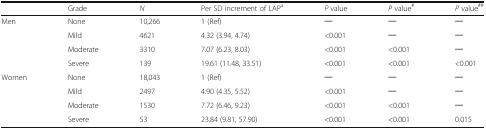
|  | Grade | N | Per SD increment of LAPa | P value | P value# | P value## |
 | --- | --- | --- | --- | --- | --- | --- |
 | <ROWSPAN=4> Men | None | 10,266 | 1 (Ref) | ─ | ─ | ─ |
 | Mild | 4621 | 4.32 (3.94, 4.74) | <0.001 | ─ | ─ |
 | Moderate | 3310 | 7.07 (6.23, 8.03) | <0.001 | <0.001 | ─ |
 | Severe | 139 | 19.61 (11.48, 33.51) | <0.001 | <0.001 | <0.001 |
 | <ROWSPAN=4> Women | None | 18,043 | 1 (Ref) | ─ | ─ | ─ |
 | Mild | 2497 | 4.90 (4.35, 5.52) | <0.001 | ─ | ─ |
 | Moderate | 1530 | 7.72 (6.46, 9.23) | <0.001 | <0.001 | ─ |
 | Severe | 53 | 23.84 (9.81, 57.90) | <0.001 | <0.001 | 0.015 |